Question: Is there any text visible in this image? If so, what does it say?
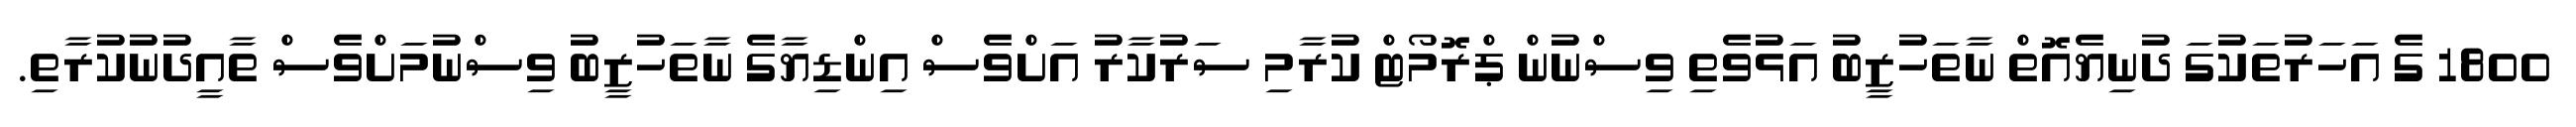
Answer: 1800 ގެ އަހަރުތަކުގަ ދުނިޔެއޮތް ނާތަހުޒީބު އަޅުވެތި ވިސްނުން ޕްރޮމޯޓް ކުރާމި ސަރުކާރު އަށްވެސް އިންޑިޔާގެ ނާތަހުޒީބު ވިސްނުމަށްވެސް ތާއީދުނުކުރާތި.